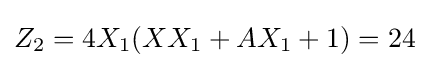
Z_{2}=4X_{1}(XX_{1}+AX_{1}+1)=24